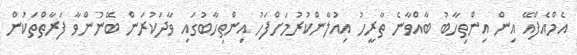
އެމްއެފްއޭ އިން އިންތިހާބު ބާއްވާނެ ތާރީހު އިއުލާންކުރުމަށްފަހު އިންތިހާބުގައި ވާދަކުރަން ބޭނުންވާ ފަރާތްތަކުން